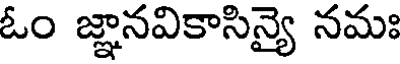
ఓం జ్ఞానవికాసిన్యై నమః